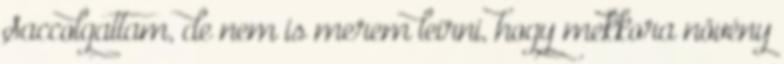
Saccolgattam, de nem is merem leírni, hogy mekkora növény